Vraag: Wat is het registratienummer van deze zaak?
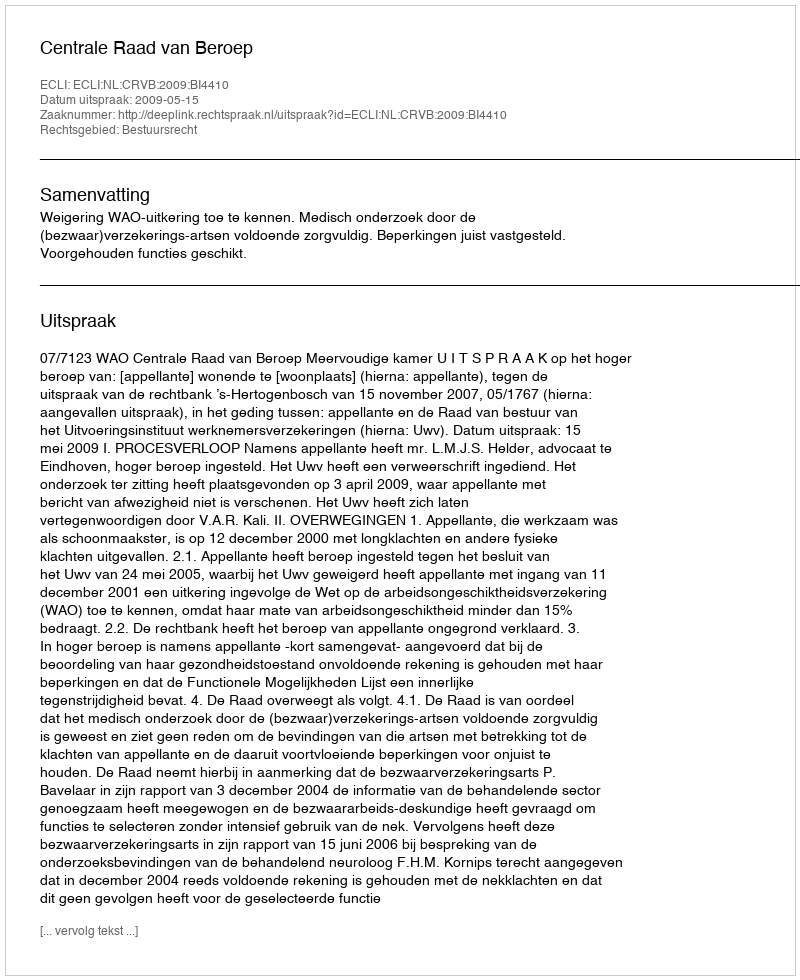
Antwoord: http://deeplink.rechtspraak.nl/uitspraak?id=ECLI:NL:CRVB:2009:BI4410